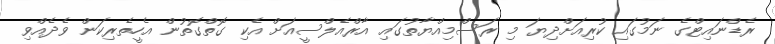
ރެޑްނައިޓްގެ ނަމުގައި ކުރިއަށްދިޔަ މި ރަސްމިއްޔާތުގައި އާރްއެލްސީއަށް އެކި ގޮތްގޮތުން އެހީތެރިކަން ވެދެއްވި